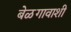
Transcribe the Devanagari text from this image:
बेळगावाशी